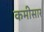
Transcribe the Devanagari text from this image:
कमीसार